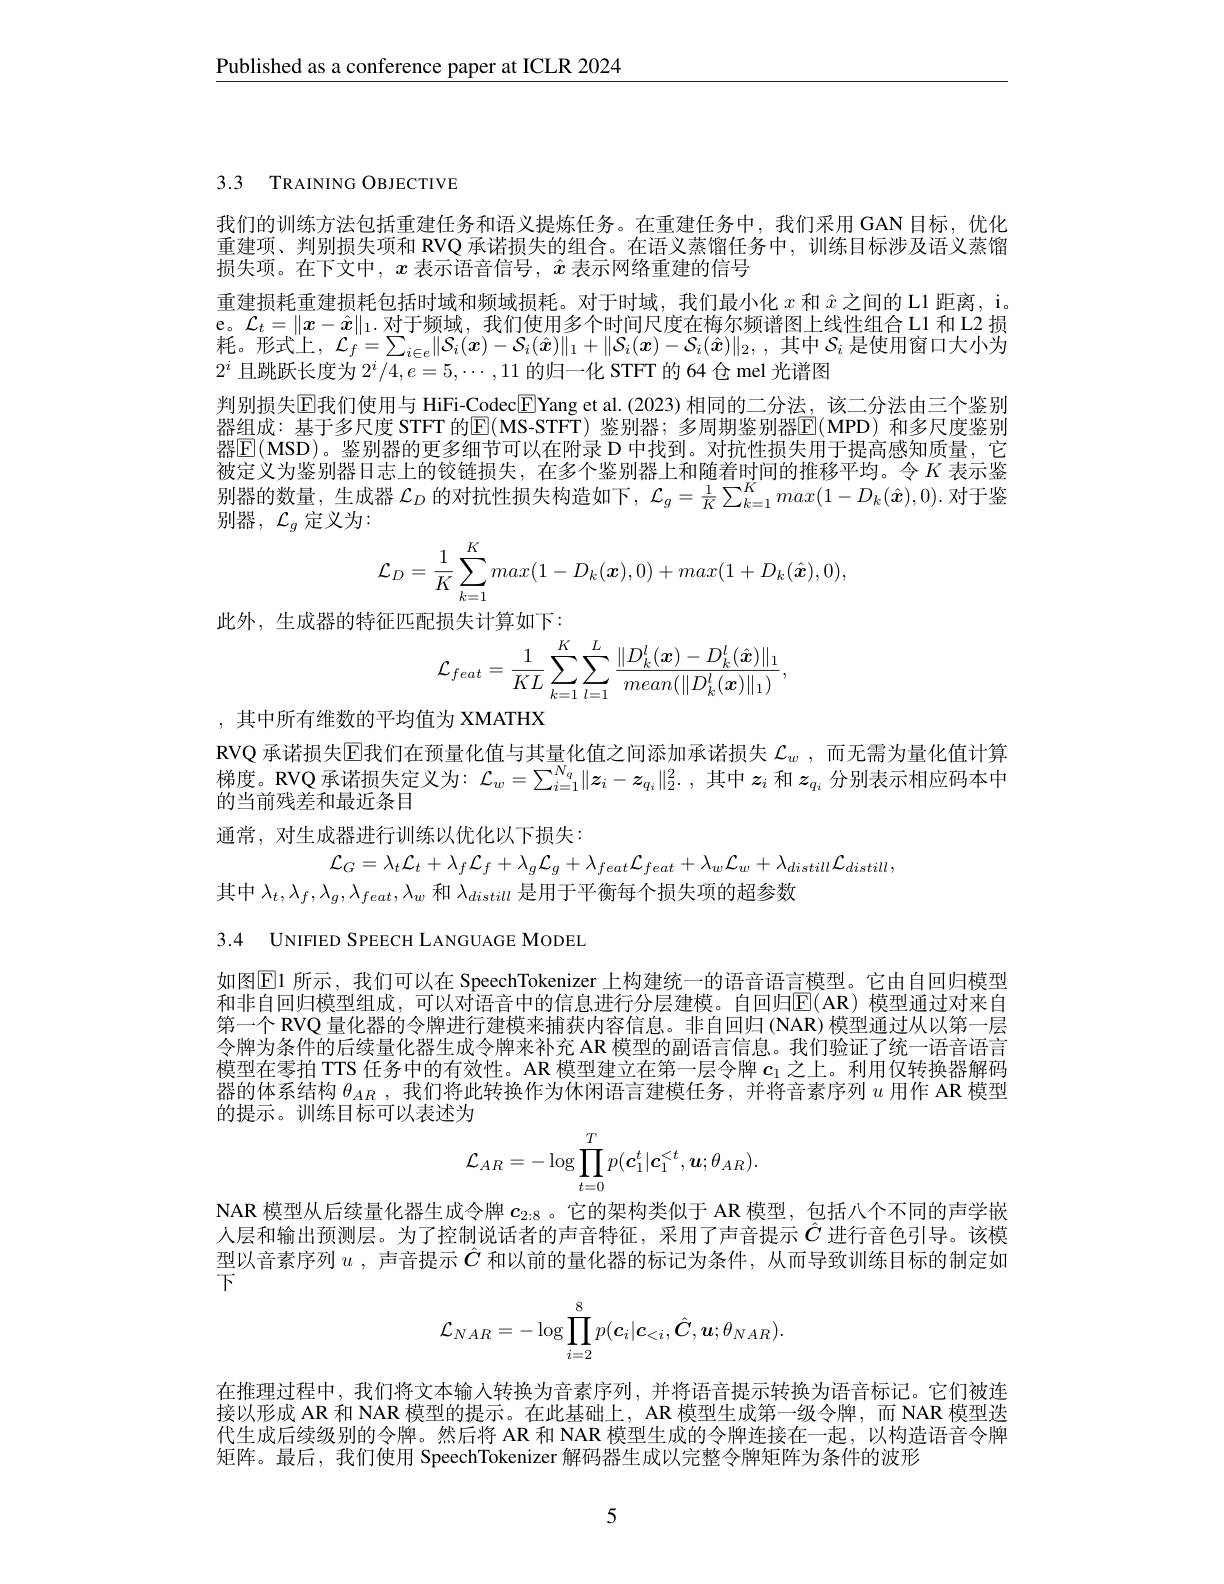
$\underline{\text{Published as a conference paper at ICLR 2024}}$

3.3 TRAINING OBJECTIVE

我们的训练方法包括重建任务和语义提炼任务。在重建任务中，我们采用 GAN 目标，优化重建项、判别损失项和 RVQ 承诺损失的组合。在语义蒸馏任务中，训练目标涉及语义蒸馏损失项。在下文中，$x$表示语音信号，$\hat{x}$表示网络重建的信号
重建损耗重建损耗包括时域和频域损耗。对于时域，我们最小化$x$和$\hat{x}$之间的 L1 距离，i。e。$\mathcal{L}_t=\|x-\hat{\boldsymbol{x}}\|_1.$对于频域，我们使用多个时间尺度在梅尔频谱图上线性组合 L1 和 L2 损耗。形式上，$\mathcal{L}_f=\sum_i\in e\|\mathcal{S}_i(x)-\mathcal{S}_i(\hat{x})\|_1+\|\mathcal{S}_i(x)-\mathcal{S}_i(\hat{x})\|_2$,其中$\mathcal{S}_i$是使用窗口大小为$2^i$且跳跃长度为$2^i/4,e=5,\cdots,11$的归一化 STFT 的 64 仓 mel 光谱图
判别损失$\mathbb{E}$我们使用与 HiFi-Codec$\boxed{\mathrm{F}}$Yang et al.(2023)相同的二分法，该二分法由三个鉴别器组成：基于多尺度 STFT 的$\boxed{\mathrm{E}}($MS-STFT)鉴别器；多周期鉴别器$\boxed{\mathrm{E}}($MPD)和多尺度鉴别器$\mathbb{E}($MSD)。鉴别器的更多细节可以在附录 D 中找到。对抗性损失用于提高感知质量，它被定义为鉴别器日志上的铰链损失，在多个鉴别器上和随着时间的推移平均。令$K$表示鉴别器的数量，生成器$\mathcal{L}_D$的对抗性损失构造如下，$\mathcal{L}_g=\frac1K\sum_{k=1}^Kmax(1-D_k(\hat{\boldsymbol{x}}),0).$对于鉴别器，$\mathcal{L}_g$ 定义为：
$$\mathcal{L}_D=\frac{1}{K}\sum_{k=1}^Kmax(1-D_k(\boldsymbol{x}),0)+max(1+D_k(\hat{\boldsymbol{x}}),0),$$
此外，生成器的特征匹配损失计算如下：
$$\mathcal{L}_{feat}=\frac{1}{KL}\sum_{k=1}^{K}\sum_{l=1}^{L}\frac{\|D_{k}^{l}(\boldsymbol{x})-D_{k}^{l}(\hat{\boldsymbol{x}})\|_{1}}{mean(\|D_{k}^{l}(\boldsymbol{x})\|_{1})},$$
,其中所有维数的平均值为 XMATHX

RVQ 承诺损失$\overline{\mathrm{E}}$我们在预量化值与其量化值之间添加承诺损失 $\mathcal{L}_w$ ,而无需为量化值计算梯度。RVQ 承诺损失定义为：$\mathcal{L}_w=\sum_{i=1}^{N_q}\|z_i-z_{q_i}\|_2^2.$ ,其中$z_i$和$z_q_i$分别表示相应码本中的当前残差和最近条目
通常，对生成器进行训练以优化以下损失：

${\mathcal L}_{G}=\lambda_{t}{\mathcal L}_{t}+\lambda_{f}{\mathcal L}_{f}+\lambda_{g}{\mathcal L}_{g}+\lambda_{feat}{\mathcal L}_{feat}+\lambda_{w}{\mathcal L}_{w}+\lambda_{distill}{\mathcal L}_{distill}$,
其中$\lambda_t,\lambda_f,\lambda_g,\lambda_{feat},\lambda_w$和$\lambda_{distill}$是用于平衡每个损失项的超参数

3.4 UNIFIED SPEECH LANGUAGE MODEL

如图$\boxed{\mathrm{E}}1$ 所示，我们可以在 SpeechTokenizer 上构建统一的语音语言模型。它由自回归模型和非自回归模型组成，可以对语音中的信息进行分层建模。自回归$\mathbb{E}($AR)模型通过对来自第一个 RVQ 量化器的令牌进行建模来捕获内容信息。非自回归 (NAR) 模型通过从以第一层令牌为条件的后续量化器生成令牌来补充 AR 模型的副语言信息。我们验证了统一语音语言模型在零拍 TTS 任务中的有效性。AR 模型建立在第一层令牌$c_1$之上。利用仅转换器解码器的体系结构$\theta_{AR}$ ,我们将此转换作为休闲语言建模任务，并将音素序列$u$用作 AR 模型的提示。训练目标可以表述为
$$\mathcal{L}_{AR}=-\log\prod_{t=0}^{T}p(\boldsymbol{c}_{1}^{t}|\boldsymbol{c}_{1}^{<t},\boldsymbol{u};\theta_{AR}).$$
NAR 模型从后续量化器生成令牌$c_{2:8}$ 。它的架构类似于 AR 模型，包括八个不同的声学嵌人层和输出预测层。为了控制说话者的声音特征，采用了声音提示$\hat{C}$进行音色引导。该模型以音素序列$u$,声音提示$\hat{C}$和以前的量化器的标记为条件，从而导致训练目标的制定如下
$$\mathcal{L}_{NAR}=-\log\prod_{i=2}^{8}p(\boldsymbol{c}_{i}|\boldsymbol{c}_{<i},\hat{\boldsymbol{C}},\boldsymbol{u};\theta_{NAR}).$$
在推理过程中，我们将文本输人转换为音素序列，并将语音提示转换为语音标记。它们被连接以形成 AR 和 NAR 模型的提示。在此基础上，AR 模型生成第一级令牌，而 NAR 模型迭代生成后续级别的令牌。然后将 AR 和 NAR 模型生成的令牌连接在一起，以构造语音令牌矩阵。最后，我们使用 SpeechTokenizer 解码器生成以完整令牌矩阵为条件的波形

5